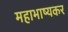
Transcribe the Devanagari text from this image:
महाभाष्यकर